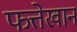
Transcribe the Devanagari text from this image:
फत्तेखान